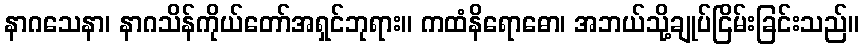
နာဂသေနာ၊ နာဂသိန်ကိုယ်တော်အရှင်ဘုရား။ ကထံနိရောဓော၊ အဘယ်သို့ချုပ်ငြိမ်းခြင်းသည်။